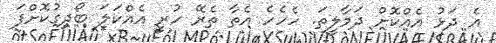
އެ ދަޅު އެއްކޮށް ދަމާލީތަ. ހެހެހެ އެތާ ތެރޭ ހުރީ އެއްކަލަ ބޯދިގުކޮށްފަ